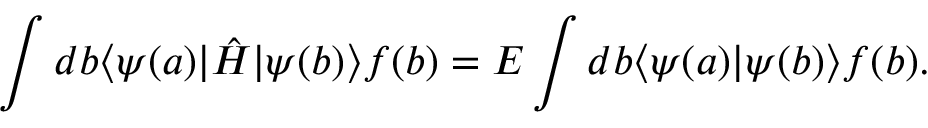
\int d b \langle \psi ( a ) | \hat { H } | \psi ( b ) \rangle f ( b ) = E \int d b \langle \psi ( a ) | \psi ( b ) \rangle f ( b ) .